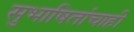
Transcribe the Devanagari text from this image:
सुभाषितांचाही